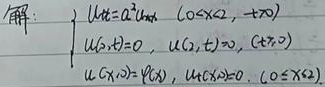
解：
\(\begin{cases}
\text{对于 }0 < x < 2,t>0, & u_{t}=a^{2}u_{xx}\\
\text{当 }t > 0, & u(0,t)=0,\ u(2,t)=0\\
\text{当 }0\leq x\leq2, & u(x,0)=\varphi(x),\ u_{t}(x,0)=0
\end{cases}\)